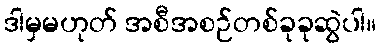
ဒါမှမဟုတ် အစီအစဉ်တစ်ခုခုဆွဲပါ။